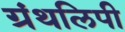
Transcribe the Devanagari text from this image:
ग्रंथलिपी